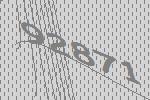
92871